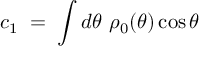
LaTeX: c _ { 1 } \; = \; \int d \theta ~ \rho _ { 0 } ( \theta ) \cos { \theta }